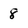
Character: 8